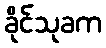
ခိုင်သုခက